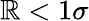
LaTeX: \mathbb{R}<1\sigma